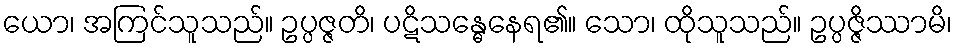
ယော၊ အကြင်သူသည်။ ဥပ္ပဇ္ဇတိ၊ ပဋိသန္ဓေနေရ၏။ သော၊ ထိုသူသည်။ ဥပ္ပဇ္ဇိဿာမိ၊